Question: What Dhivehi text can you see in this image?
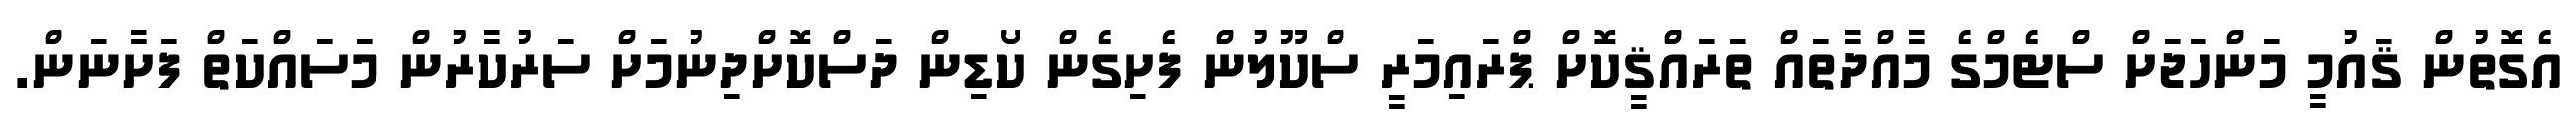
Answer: އެގޮތުން ޤައުމީ މަންހަޖަށް ސްޓެމްގެ މާއްދާތައް ތަރައްޤީކޮށް ޕްރައިމަރީ ސްކޫލުން ފެށިގެން ކޯޑިން ދަސްކޮށްދިނުމަށް ސަރުކާރުން މަސައްކަތް ފަށާނަން.